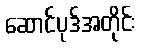
ဆောင်ပုဒ်အတိုင်း